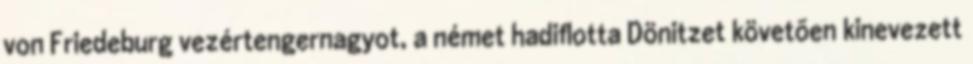
von Friedeburg vezértengernagyot, a német hadiflotta Dönitzet követõen kinevezett